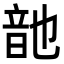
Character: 䪧